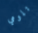
تلومي